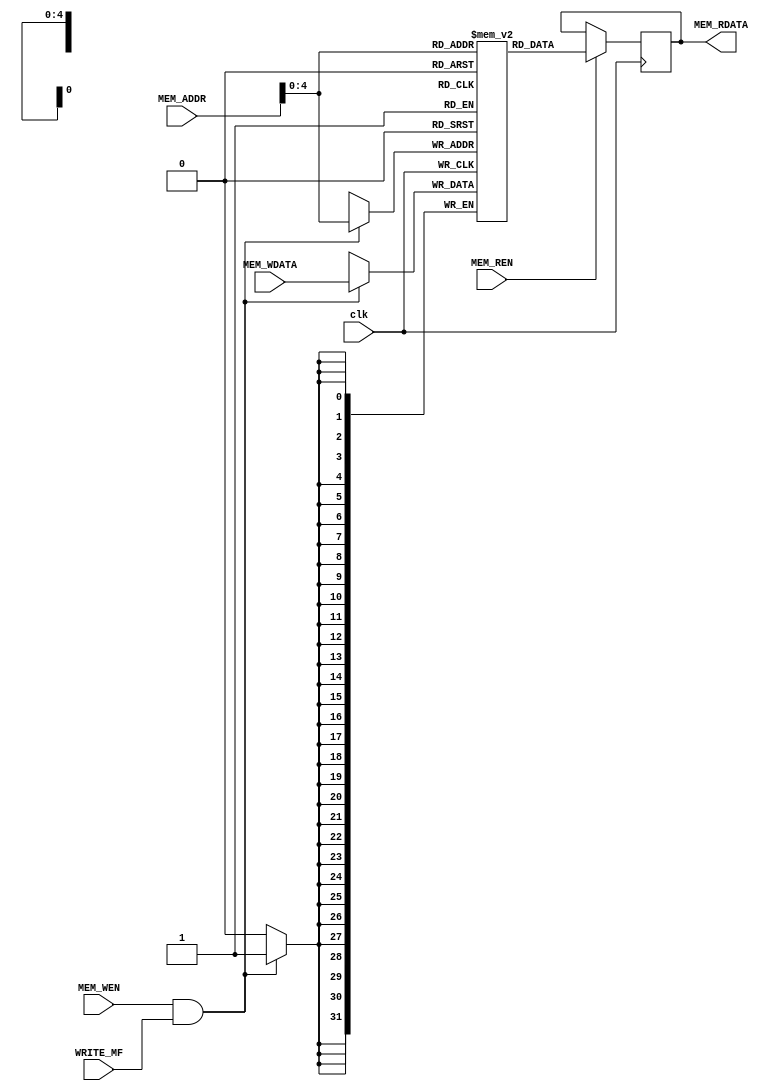
module DATA_MEM (
    input clk,
    input [31:0] MEM_ADDR,
    input [31:0] MEM_WDATA,
    input MEM_WEN,
    input MEM_REN,
    input WRITE_MF,
    output reg [31:0] MEM_RDATA
);

reg [31:0] DATA_MEM [0:31]; 

always @(posedge clk) begin
    if (MEM_WEN && WRITE_MF) begin
        DATA_MEM[MEM_ADDR] <= MEM_WDATA;
    end
    if (MEM_REN) begin
        MEM_RDATA <= DATA_MEM[MEM_ADDR];
    end
end

initial begin
    DATA_MEM[0] <= 32'b00000001;
    DATA_MEM[1] <= 32'b00000001;
    DATA_MEM[2] <= 32'b00000001;
    DATA_MEM[3] <= 32'b00000001;
    DATA_MEM[4] <= 32'b00000001;
    DATA_MEM[5] <= 32'b00000001;
    DATA_MEM[6] <= 32'b00000001;
    DATA_MEM[7] <= 32'b00000001;
    DATA_MEM[8] <= 32'b11111111;
    DATA_MEM[9] <= 32'b11111111;
    DATA_MEM[10] <= 32'b00001010;
    DATA_MEM[11] <= 32'd0;
    DATA_MEM[12] <= 32'd0;
    DATA_MEM[13] <= 32'd0;
    DATA_MEM[14] <= 32'd0;
    DATA_MEM[15] <= 32'd0;
    DATA_MEM[16] <= 32'd0;
    DATA_MEM[17] <= 32'd0;
    DATA_MEM[18] <= 32'd0;
    DATA_MEM[19] <= 32'd0;
    DATA_MEM[20] <= 32'd0;
    DATA_MEM[21] <= 32'd0;
    DATA_MEM[22] <= 32'd0;
    DATA_MEM[23] <= 32'd0;
    DATA_MEM[24] <= 32'd0;
    DATA_MEM[25] <= 32'd0;
    DATA_MEM[26] <= 32'd0;
    DATA_MEM[27] <= 32'd0;
    DATA_MEM[28] <= 32'd0;
    DATA_MEM[29] <= 32'd0;
    DATA_MEM[30] <= 32'd0;
    DATA_MEM[31] <= 32'd0;
end

endmodule